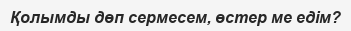
Қолымды дөп сермесем, өстер ме едім?